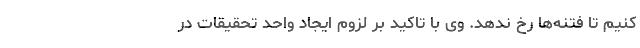
کنیم تا فتنه‌ها رخ ندهد. وی با تاکید بر لزوم ایجاد واحد تحقیقات در